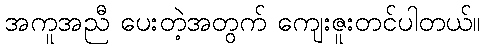
အကူအညီ ပေးတဲ့အတွက် ကျေးဇူးတင်ပါတယ်။